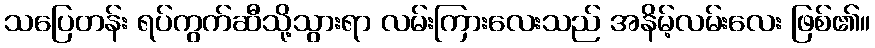
သပြေတန်း ရပ်ကွက်ဆီသို့သွားရာ လမ်းကြားလေးသည် အနိမ့်လမ်းလေး ဖြစ်၏။